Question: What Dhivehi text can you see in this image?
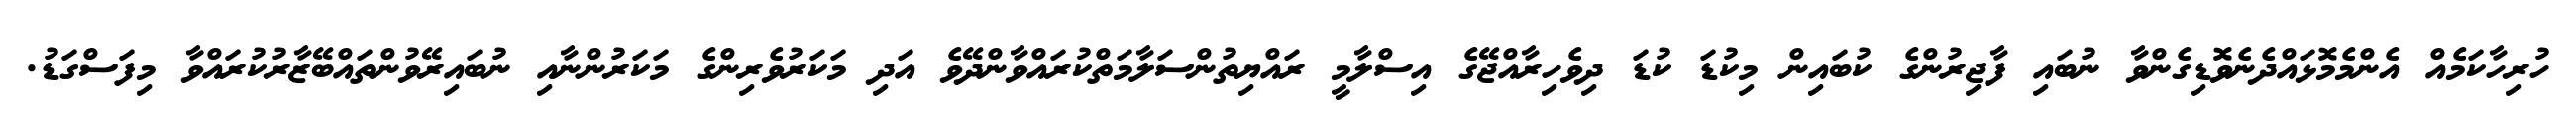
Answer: ހުރިހާކަމެއް އެންމެމޮޅައްދެނެވޮޑިގެންވާ ނުބައި ފާޖިރުންގެ ކުބައިން މިކުޑަ ކުޑަ ދިވެހިރާއްޖޭގެ އިސްލާމީ ރައްޔިތުންސަލާމަތްކުރައްވާންދޭވެ އަދި މަކަރުވެރިންގެ މަކަރުންނާއި ނުބައިރޭވުންތައްބޭޒާރުކުރައްވާ މިފަސްގަޑު.